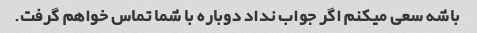
باشه سعی میکنم اگر جواب نداد دوباره با شما تماس خواهم گرفت.